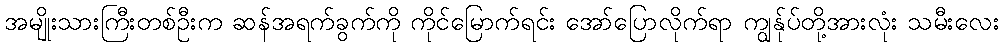
အမျိုးသားကြီးတစ်ဦးက ဆန်အရက်ခွက်ကို ကိုင်မြောက်ရင်း အော်ပြောလိုက်ရာ ကျွန်ုပ်တို့အားလုံး သမီးလေး